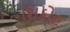
શિકોહ